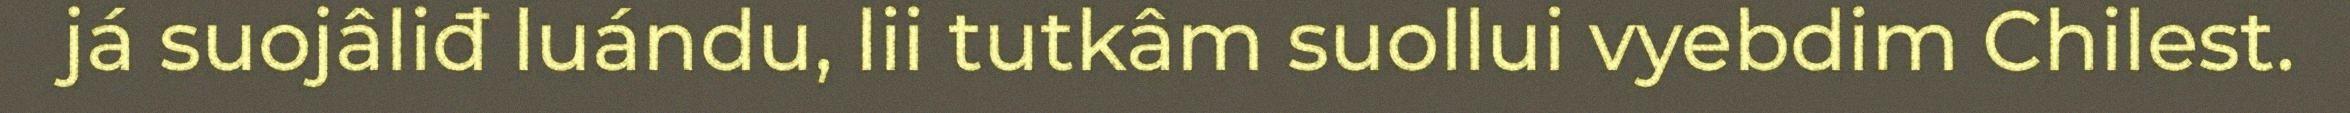
já suojâliđ luándu, lii tutkâm suollui vyebdim Chilest.